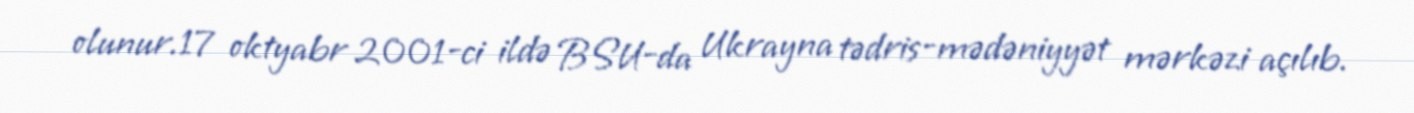
olunur.17 oktyabr 2001-ci ildə BSU-da Ukrayna tədris-mədəniyyət mərkəzi açılıb.